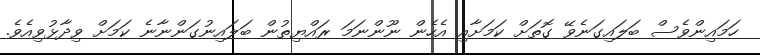
ހަމައިންވެސް ބަލައިގަނެވޭ ގޮތަށް ކަމަށާއި އެހެން ނޫންނަމަ ރައްޔިތުން ބަލައިނުގަންނާނެ ކަމަށް ވިދާޅުވިއެވެ.